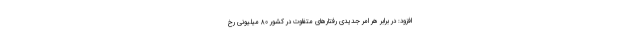
افزود: در برابر هر امر جدیدی رفتارهای متفاوت در کشور ۸۰ میلیونی رخ